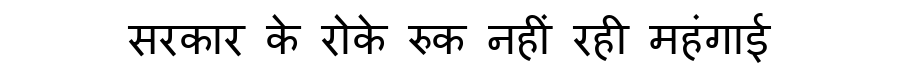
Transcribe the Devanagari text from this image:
सरकार के रोके रुक नहीं रही महंगाई